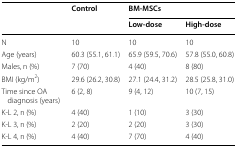
<table><thead><tr><td rowspan="2"></td><td rowspan="2"><b>Control</b></td><td colspan="2"><b>BM-MSCs</b></td></tr><tr><td><b>Low-dose</b></td><td><b>High-dose</b></td></tr></thead><tbody><tr><td>N</td><td>10</td><td>10</td><td>10</td></tr><tr><td>Age (years)</td><td>60.3 (55.1, 61.1)</td><td>65.9 (59.5, 70.6)</td><td>57.8 (55.0, 60.8)</td></tr><tr><td>Males, n (%)</td><td>7 (70)</td><td>4 (40)</td><td>8 (80)</td></tr><tr><td>BMI (kg/m<sup>2</sup>)</td><td>29.6 (26.2, 30.8)</td><td>27.1 (24.4, 31.2)</td><td>28.5 (25.8, 31.0)</td></tr><tr><td>Time since OA diagnosis (years)</td><td>6 (2, 8)</td><td>9 (4, 12)</td><td>10 (7, 15)</td></tr><tr><td>K-L 2, n (%)</td><td>4 (40)</td><td>1 (10)</td><td>3 (30)</td></tr><tr><td>K-L 3, n (%)</td><td>2 (20)</td><td>2 (20)</td><td>3 (30)</td></tr><tr><td>K-L 4, n (%)</td><td>4 (40)</td><td>7 (70)</td><td>4 (40)</td></tr></tbody></table>